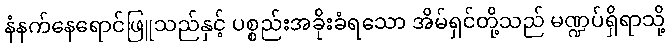
နံနက်နေရောင်ဖြူသည်နှင့် ပစ္စည်းအခိုးခံရသော အိမ်ရှင်တို့သည် မဏ္ဍပ်ရှိရာသို့